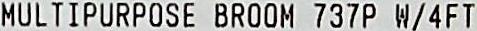
MULTIPURPOSE BROOM 737P W/4FT